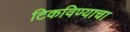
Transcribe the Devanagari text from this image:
टिकविण्याचा